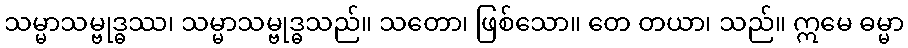
သမ္မာသမ္ဗုဒ္ဓဿ၊ သမ္မာသမ္ဗုဒ္ဓသည်။ သတော၊ ဖြစ်သော။ တေ တယာ၊ သည်။ ဣမေ ဓမ္မာ